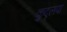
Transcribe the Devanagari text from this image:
कुदृलपा